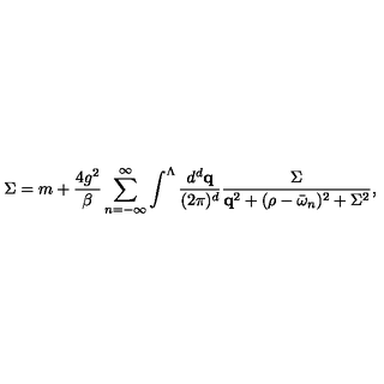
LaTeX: \Sigma = m + \frac { 4 g ^ { 2 } } { \beta } \sum _ { n = - \infty } ^ { \infty } \int ^ { \Lambda } \frac { d ^ { d } { \bf q } } { ( 2 \pi ) ^ { d } } \frac { \Sigma } { { \bf q } ^ { 2 } + ( \rho - \bar { \omega } _ { n } ) ^ { 2 } + \Sigma ^ { 2 } } ,